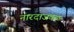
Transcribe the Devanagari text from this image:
नारदाजवळ